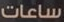
ساعات